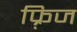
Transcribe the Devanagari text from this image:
फ़्रिज